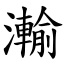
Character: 瀭